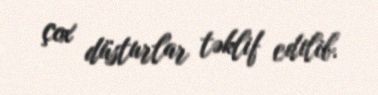
çox düsturlar təklif edilib.